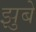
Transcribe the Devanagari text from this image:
झुबे